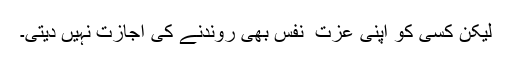
لیکن کسی کو اپنی عزت ِ نفس بھی روندنے کی اجازت نہیں دیتی۔